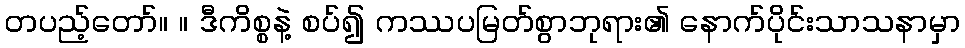
တပည့်တော်။ ။ ဒီကိစ္စနဲ့ စပ်၍ ကဿပမြတ်စွာဘုရား၏ နောက်ပိုင်းသာသနာမှာ